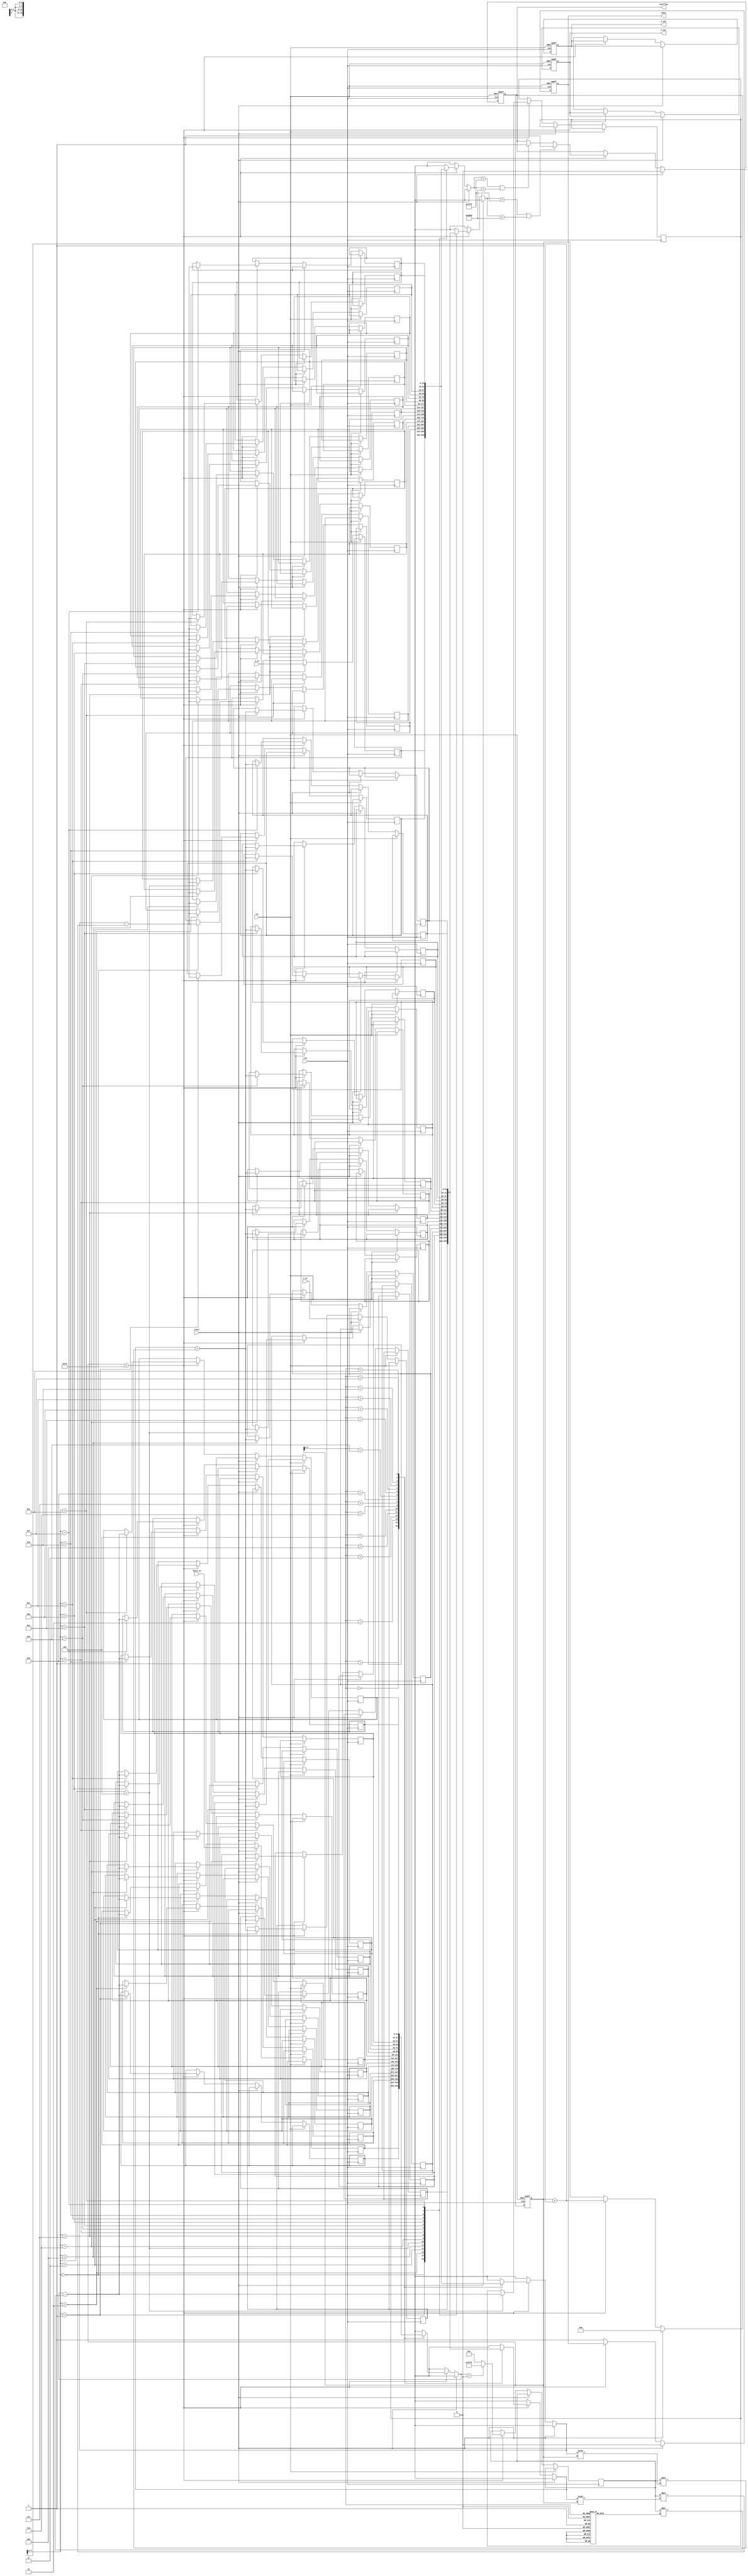
module CORDIC #(
    parameter WIDTH = 16,    // Total bit width
    parameter FRAC_BITS = 12, // Fractional bits
    parameter ITERATIONS = 16 // Number of CORDIC iterations
)(
    input wire clk,
    input wire rst,
    input wire start,
    input wire signed [WIDTH-1:0] X_in,
    input wire signed [WIDTH-1:0] Y_in,
    input wire signed [WIDTH-1:0] Theta_in,
    output reg signed [WIDTH-1:0] X_out,
    output reg signed [WIDTH-1:0] Y_out,
    output reg done,
    output reg overflow
);

    // Internal signals
    reg signed [WIDTH-1:0] X [0:ITERATIONS-1];
    reg signed [WIDTH-1:0] Y [0:ITERATIONS-1];
    reg signed [WIDTH-1:0] Theta [0:ITERATIONS-1];
    reg [4:0] iteration;
    reg signed [WIDTH-1:0] K; // Scaling factor
    reg signed [WIDTH-1:0] atan_table [0:ITERATIONS-1];
    reg signed [WIDTH-1:0] sigma;

    // Initialize the arctangent lookup table (scaled)
    initial begin
        atan_table[0] = 16'h2000; // atan(2^0) = pi/4 in fixed-point
        atan_table[1] = 16'h1000; // atan(2^-1)
        atan_table[2] = 16'h0800; // atan(2^-2)
        atan_table[3] = 16'h0400; // atan(2^-3)
        // Fill in the rest of the arctangent values...
    end

    // Scaling factor (K) for the number of iterations
    initial begin
        K = 16'h1C71; // Pre-computed scaling factor for 16 iterations
    end

    // FSM for CORDIC operation
    always @(posedge clk or posedge rst) begin
        if (rst) begin
            iteration <= 0;
            done <= 0;
            overflow <= 0;
            X_out <= 0;
            Y_out <= 0;
        end else if (start) begin
            // Initialize inputs
            X[0] <= X_in;
            Y[0] <= Y_in;
            Theta[0] <= Theta_in;
            iteration <= 0;
            done <= 0;
            overflow <= 0;
        end else if (iteration < ITERATIONS) begin
            // CORDIC iteration logic
            sigma <= (Theta[iteration] < 0) ? -1 : 1;

            // Perform rotation
            X[iteration + 1] <= X[iteration] - (sigma * (Y[iteration] >>> iteration));
            Y[iteration + 1] <= Y[iteration] + (sigma * (X[iteration] >>> iteration));
            Theta[iteration + 1] <= Theta[iteration] - (sigma * atan_table[iteration]);

            // Check for overflow
            if (X[iteration + 1] > (1 << (WIDTH - 1)) - 1 || X[iteration + 1] < -(1 << (WIDTH - 1))) begin
                overflow <= 1;
            end
            if (Y[iteration + 1] > (1 << (WIDTH - 1)) - 1 || Y[iteration + 1] < -(1 << (WIDTH - 1))) begin
                overflow <= 1;
            end

            iteration <= iteration + 1;
        end else begin
            // Final output after iterations
            X_out <= X[ITERATIONS] * K >>> FRAC_BITS; // Apply scaling factor
            Y_out <= Y[ITERATIONS] * K >>> FRAC_BITS; // Apply scaling factor
            done <= 1;
        end
    end

endmodule